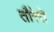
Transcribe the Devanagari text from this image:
तौरेत्ते